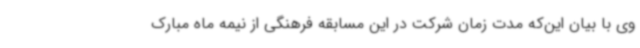
وی با بیان این‌که مدت زمان شرکت در این مسابقه فرهنگی از نیمه ماه مبارک